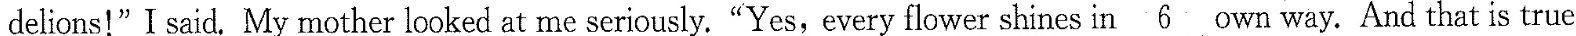
delions!” I said,My mother looked at me seriously. “Yes, every flower shines in \underline{6} own way. And that is true